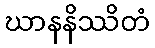
ဃာနနိဿိတံ